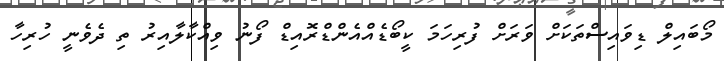
މޯބައިލް ޑިވައިސްތަކަށް ވަރަށް ފުރިހަމަ ކީބޯޑެއްއެންޑްރޮއިޑް ފޯނު ވިއްކާލާއިރު ތި ދެވެނީ ހުރިހާ